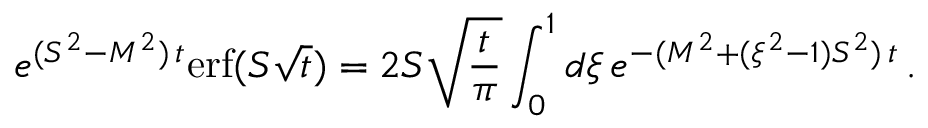
e ^ { ( S ^ { 2 } - M ^ { 2 } ) \, t } \mathrm { e r f } ( S \sqrt t ) = 2 S \sqrt { \frac t \pi } \int _ { 0 } ^ { 1 } d \xi \, e ^ { - ( M ^ { 2 } + ( \xi ^ { 2 } - 1 ) S ^ { 2 } ) \, t } \, .